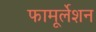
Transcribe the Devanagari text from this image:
फामूर्लेशन